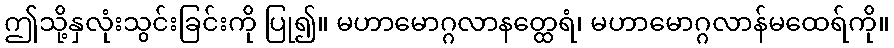
ဤသို့နှလုံးသွင်းခြင်းကို ပြု၍။ မဟာမောဂ္ဂလာနတ္ထေရံ၊ မဟာမောဂ္ဂလာန်မထေရ်ကို။